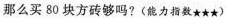
那么买80块方砖够吗?(能力指数★★★)